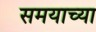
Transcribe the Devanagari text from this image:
समयाच्या